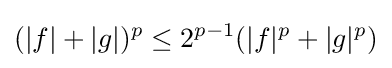
(|f|+|g|)^{p}\leq 2^{p-1}(|f|^{p}+|g|^{p})